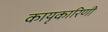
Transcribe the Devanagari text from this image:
कायृकारिणी